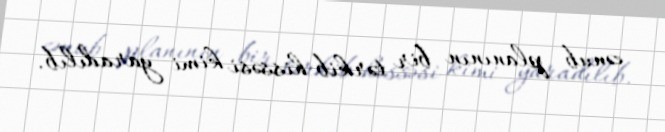
cənub planının bir tərkib hissəsi kimi yaradılıb.